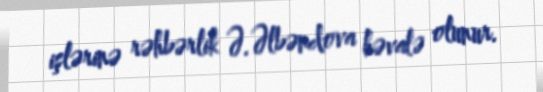
işlərinə rəhbərlik Ə.Əlbəndova həvalə olunur.